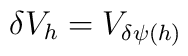
\delta V_h= V_{\delta \psi(h)}